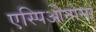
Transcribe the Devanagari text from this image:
एस्पिओनोसा